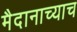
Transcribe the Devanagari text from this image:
मैदानाच्याच